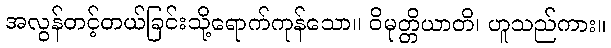
အလွန်တင့်တယ်ခြင်းသို့ရောက်ကုန်သော။ ဝိမုတ္တိယာတိ၊ ဟူသည်ကား။